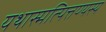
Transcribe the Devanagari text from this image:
यथास्मत्पित्तण्यस्य